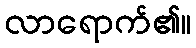
လာရောက်၏။